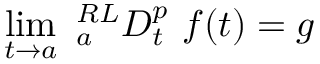
\operatorname* { l i m } _ { t \rightarrow a } ~ { } _ { a } ^ { R L } D _ { t } ^ { p } ~ f ( t ) = g